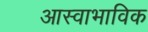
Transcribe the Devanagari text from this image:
आस्वाभाविक